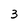
Character: 3